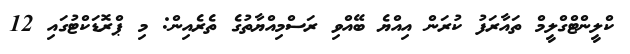
ކްލީންޓްގްލީމް ތައާރަފު ކުރަން އިއްޔެ ބޭއްވި ރަސްމިއްޔާތުގެ ތެރެއިން: މި ޕްރޮޑަކްޓުގައި 12